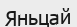
Яньцай